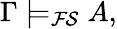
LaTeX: \Gamma\models_{\mathcal{FS}}A,